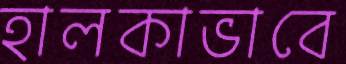
হালকাভাবে